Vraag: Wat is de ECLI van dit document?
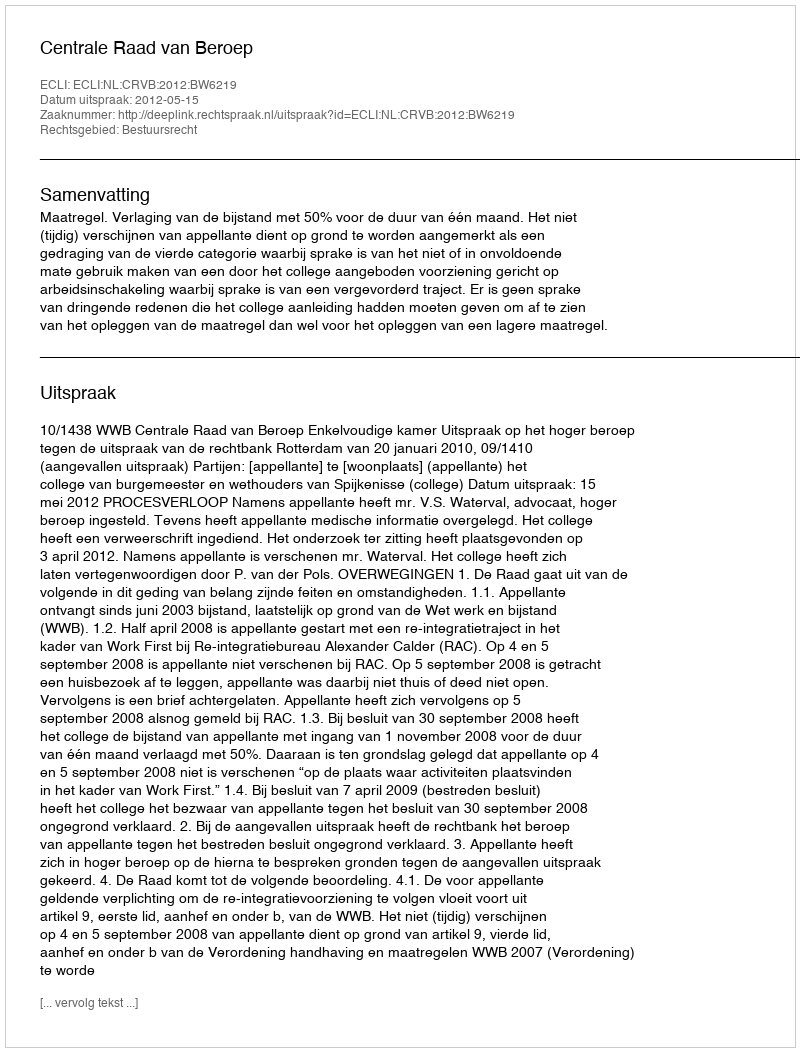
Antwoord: ECLI:NL:CRVB:2012:BW6219